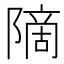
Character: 𫕒